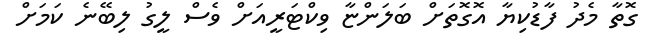
ގޮތާ މެދު ފާޑުކިޔާ އޮގޮތަށް ބަލަންޏާ ވިކްޓަރީއަށް ވެސް ލީގު ލިބޭނެ ކަމަށް